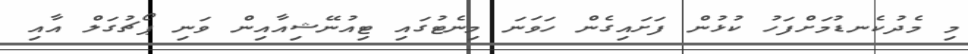
މި މެދުކެނޑުމަށްފަހު ކުޅުން ފަށައިގެން ހަވަނަ މިނެޓުގައި ޓިއުނޭޝިއާއިން ވަނި ޕޯޗުގަލް އާއި